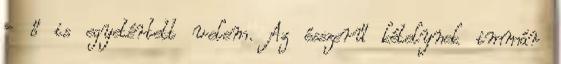
- ő is egyetértett velem. Az ésszerű kételynek immár